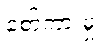
စော်ကားမှု